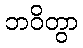
ဘဝိတွာ